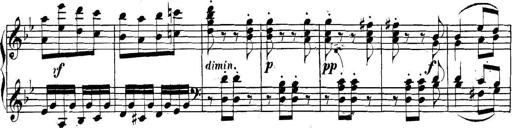
Title: Collected Piano Sonatas
Composer: Muzio Clementi